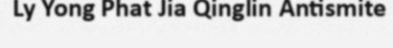
Ly Yong Phat Jia Qinglin Antismite